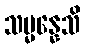
သမ္မန္နေသိ